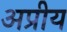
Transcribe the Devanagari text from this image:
अप्रीय